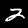
Label: 2